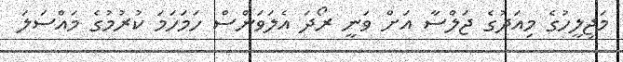
މަޖިލީހުގެ މިއަދުގެ ޖަލްސާ އަށް ވަނީ ރޯދަ އެލަވަންސް ހަމަހަމަ ކުރުމުގެ މައްސަލަ